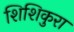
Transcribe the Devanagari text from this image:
शिशिकुरा